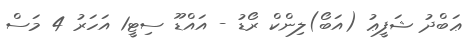
ޢަބްދު ޝަފީޢު (އަބޯ)ލިންކް ރޯޑު - އައްޑޫ ސިޓީ1 އަހަރު 4 މަސް